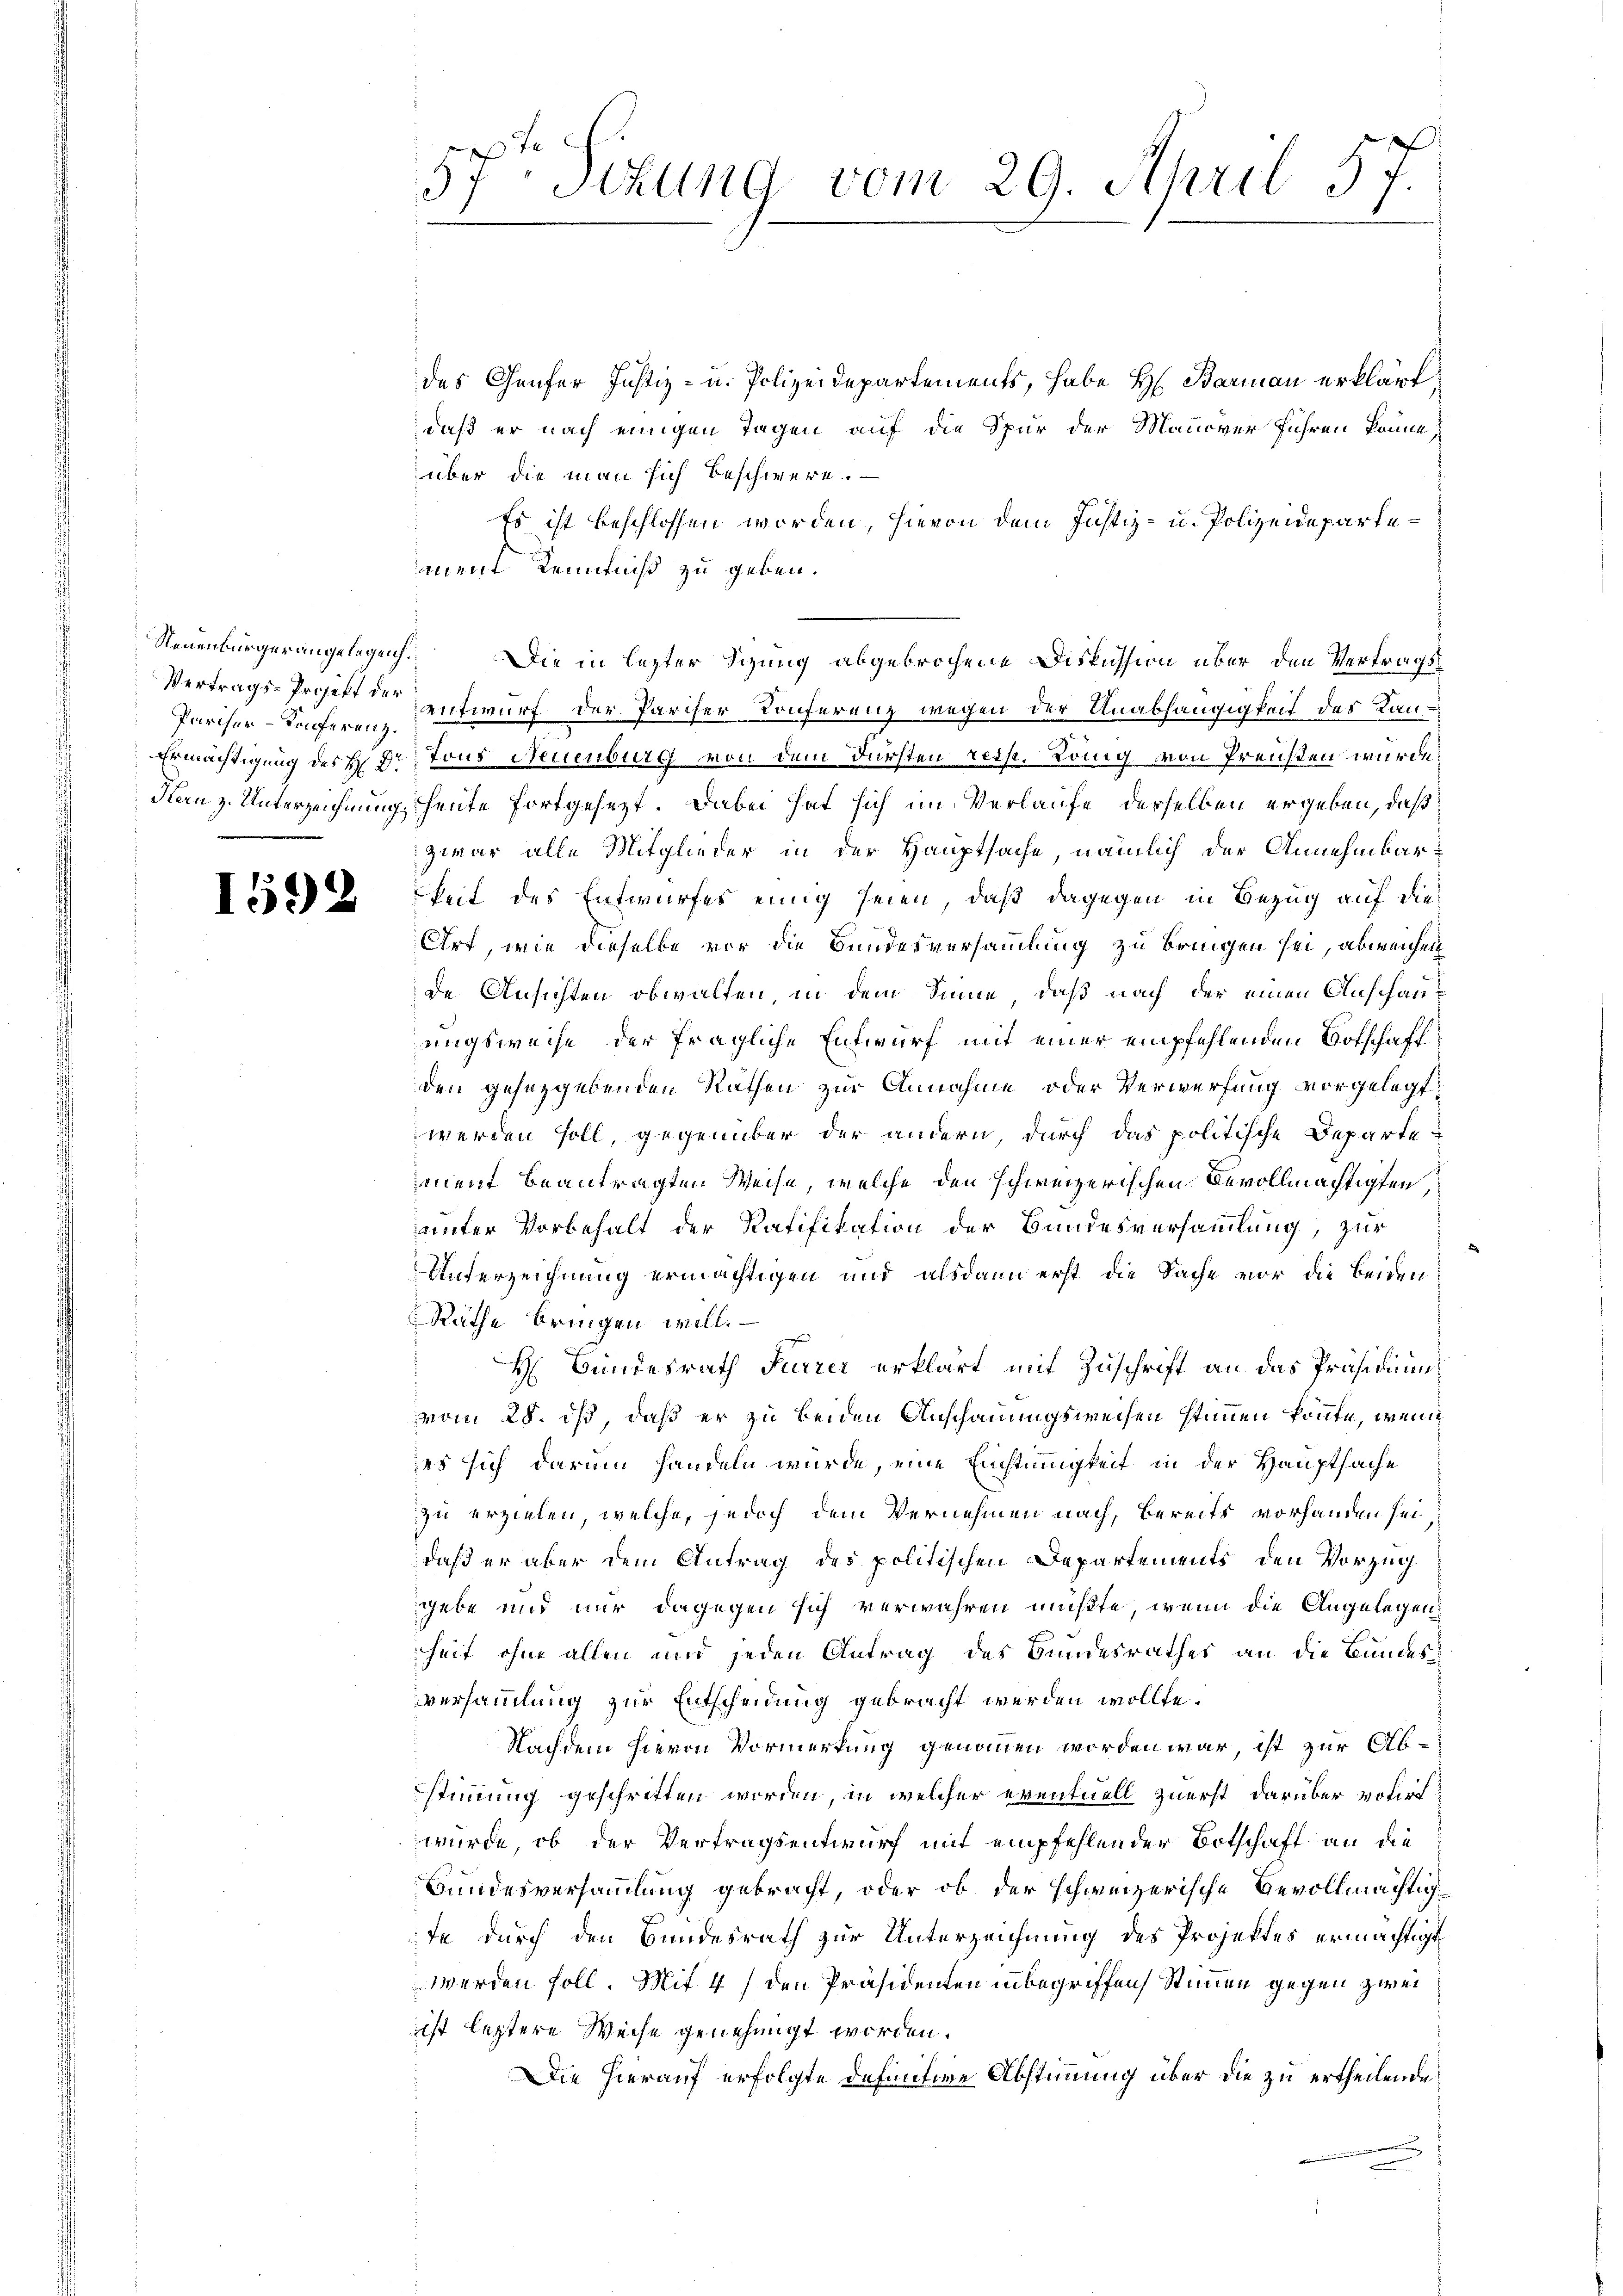
Neuenbürger angelegenh
Vertrags-Projekt der
Pariser-Konferenz.

.
Situng vom 29. April 57.
57

des Genfer Justiz- u. Polizeidepartements, habe H. Barmann erklärt,
daß er nach einigen Tagen auf die Spur der Mannover führen könne,
über die man sich beschwere.
Es ist beschlossen worden, hievon dem Justiz- u. Polizeidepartemnent Kenntniß zu geben.
Die in lezter Sitzung abgebrochene Diskussion über den Vertragsentwurf der Parcher Konferenz wegen der Anabhängigkeit des Kan¬
Ermächtigung des H: Dr. Tous Neuenburg von dem Fürsten resp. König von Preisten wurde.
Fanz. Unterzeichnung heute fortgesezt. Dabei hat sich im Verlaufe derselben ergeben, daß
zwar alle Mitglieder in der Hauptsache, nämlich der Annehmbarede u. keit des Entwurfes einig seien, daß dagegen in Bezug auf dies
Ort, wie dieselbe vor die Bundesversammlung zu bringen sei, abweichen
de Ansichten obwalten in dem Sinne, daß nach der einen Anschauungsweise der fragliche Entwurf mit einer empfehlenden Botschaft
den gesetzgebenden Räthen zur Annahme oder Verwerfung vorgelegt,
werden soll, gegenüber der andern, durch das politische Departe
iment beantragten Weise, welche den schweizerischen Bevollmächtigten,
unter Vorbehalt der Ratifikation der Bandesversammlung, zur
Unterzeichnung ermächtigen und alsdann erst die Sache vor die beiden
Räthe bringen will.
H Bundesrath Furrer erklärt mit Zuschrift an das Präsidium
vom 28. ds, daß er zu beiden Anschauungsweisen stimmen könnte, wenn
es sich darum handeln würde, eine Einstimmigkeit in der Hauptsache
zu erzielen, welche, jedoch dem Vernehmen nach, bereits vorhanden sei
daß er aber dem Antrag des politischen Departements den Vorzug
gebe und nur dagegen sich verwahren mußte, wenn die Angelegens
heit ohne allen und jeden Antrag des Bundesrathes an die Bundesversammlung zur Entscheidung gebracht werden wollte.
Nachdem hievon Vormerkung genommen worden war, ist zur Abstimmung geschritten worden, in welcher eventuell zuerst darüber volirt
würde, ob der Vertragsentwurf mit empfehlender Botschaft an die
Bundesversammlung gebracht, oder ob der schweizerische Bevollmächtig
te durch den Bundesrath zur Unterzeichnung des Projektes ermächtigt
werden soll. Mit 4 / den Präsidenten inbegriffen Stimmen gegen zwei
ist leztere Weise genehmigt worden.
Die hierauf erfolgte definitive Abstimmung über die zu ertheilende